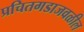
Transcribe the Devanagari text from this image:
प्रचितगडाजवळील